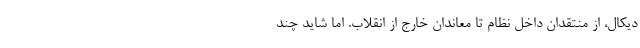
دیکال، از منتقدان داخل نظام تا معاندان خارج از انقلاب. اما شاید چند